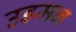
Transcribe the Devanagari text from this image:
उडमन